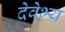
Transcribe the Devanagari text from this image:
देवेभ्य